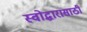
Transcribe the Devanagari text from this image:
स्वोद्धारासाठी